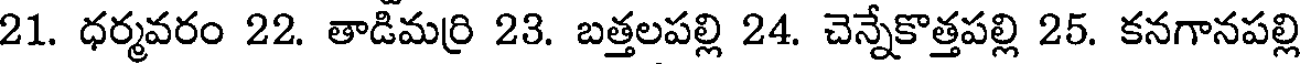
21. ధర్మవరం 22. తాడిమర్రి 23. బత్తలపల్లి 24. చెన్నేకొత్తపల్లి 25. కనగానపల్లి